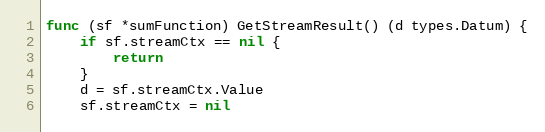
Language: Go
func (sf *sumFunction) GetStreamResult() (d types.Datum) {
	if sf.streamCtx == nil {
		return
	}
	d = sf.streamCtx.Value
	sf.streamCtx = nil